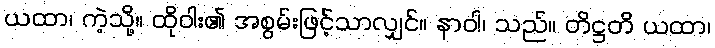
ယထာ၊ ကဲ့သို့။ ထိုဝါး၏ အစွမ်းဖြင့်သာလျှင်။ နာဝါ၊ သည်။ တိဋ္ဌတိ ယထာ၊